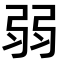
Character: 弱